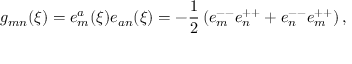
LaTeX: g _ { m n } ( \xi ) = e _ { m } ^ { a } ( \xi ) e _ { a n } ( \xi ) = - { \frac { 1 } { 2 } } \left( e _ { m } ^ { -- } e _ { n } ^ { + + } + e _ { n } ^ { -- } e _ { m } ^ { + + } \right) ,